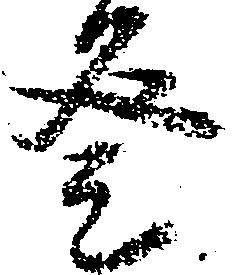
登